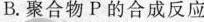
B.聚合物P的合成反应